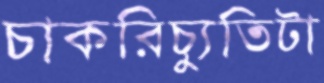
চাকরিচ্যুতিটা